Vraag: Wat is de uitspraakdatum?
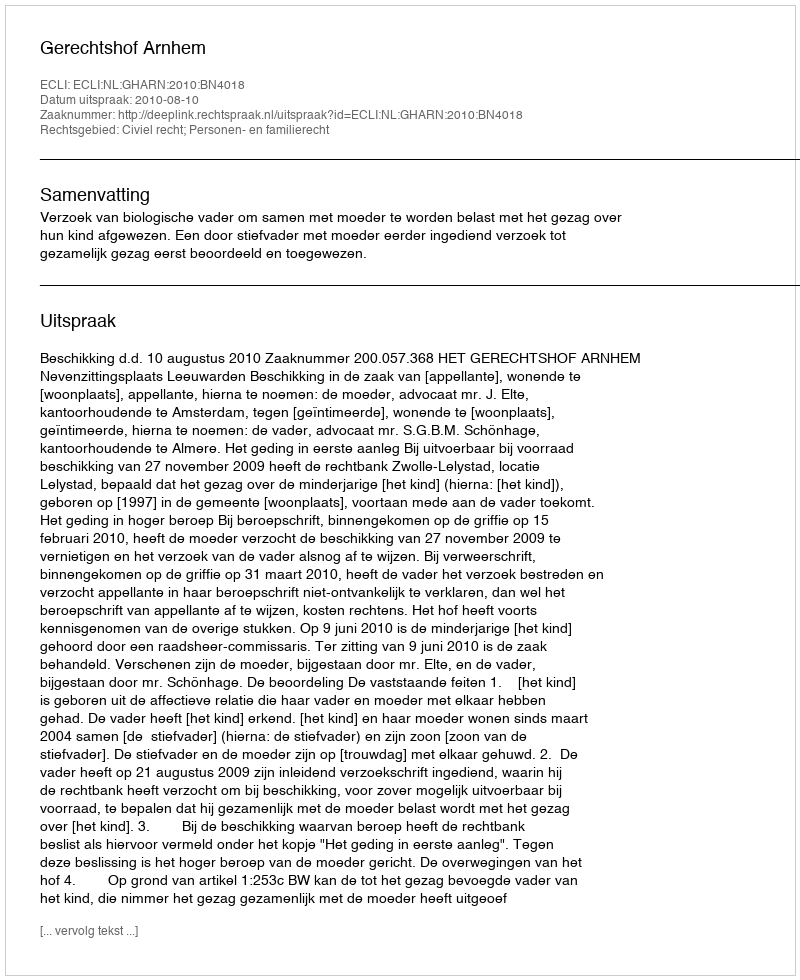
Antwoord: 2010-08-10